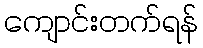
ကျောင်းတက်ရန်